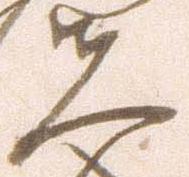
夫